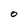
Character: O